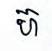
ហ៊